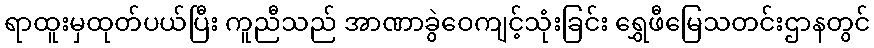
ရာထူးမှထုတ်ပယ်ပြီး ကူညီသည် အာဏာခွဲဝေကျင့်သုံးခြင်း ရွှေဖီမြေသတင်းဌာနတွင်